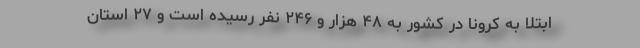
ابتلا به کرونا در کشور به ۴۸ هزار و ۲۴۶ نفر رسیده است و ۲۷ استان